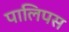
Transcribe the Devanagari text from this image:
पालिपस